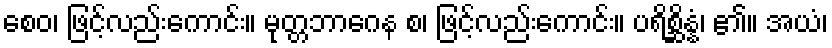
စေဝ၊ ဖြင့်လည်းကောင်း။ မုတ္တဘာဂေန စ၊ ဖြင့်လည်းကောင်း။ ပရိစ္ဆိန္နံ၊ ၏။ အယံ၊